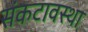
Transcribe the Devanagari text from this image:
संकटावस्था